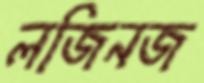
লজিনজ